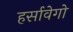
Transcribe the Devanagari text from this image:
हर्सावेगो